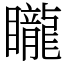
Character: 矓